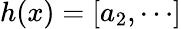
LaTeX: h(x)=[a_{2},\cdots]